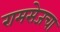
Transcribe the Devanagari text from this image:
रामसेजचा